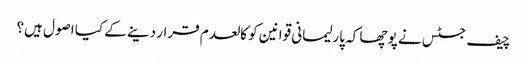
چیف جسٹس نے پوچھا کہ پارلیمانی قوانین کو کالعدم قرار دینے کے کیا اصول ہیں؟